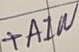
Text: +AIN